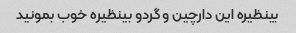
بینظیره این دارچین و گردو بینظیره خوب بمونید